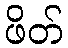
ဖိတ်